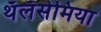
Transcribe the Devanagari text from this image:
थॅलॅसेमिया